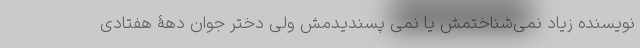
نویسنده زیاد نمی‌شناختمش یا نمی پسندیدمش ولی دختر جوان دهۀ هفتادی